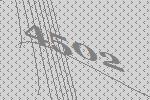
4502